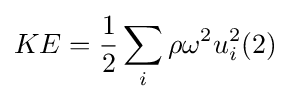
KE={\frac {1}{2}}\sum _{i}\rho \omega ^{2}u_{i}^{2}(2)